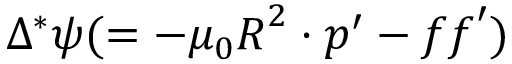
\Delta ^ { * } \boldsymbol { \psi } ( = - \mu _ { 0 } \boldsymbol { R } ^ { 2 } \cdot \boldsymbol { p } ^ { \prime } - \boldsymbol { f f } ^ { \prime } )